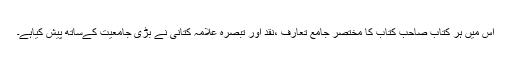
اس میں ہر کتاب صاحب کتاب کا مختصر جامع تعارف ،نقد اور تبصرہ علامہ کتانی نے بڑی جامعیت کےساتھ پیش کیاہے۔